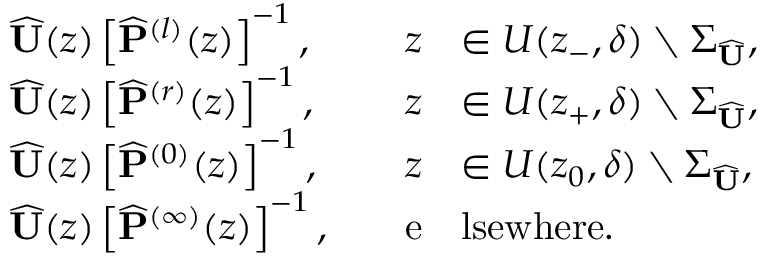
\begin{array} { r l r l } & { \widehat { \mathbf { U } } ( z ) \left[ \widehat { \mathbf { P } } ^ { ( l ) } ( z ) \right] ^ { - 1 } , \quad } & { z } & { \in U ( z _ { - } , \delta ) \setminus \Sigma _ { \widehat { \mathbf { U } } } , } \\ & { \widehat { \mathbf { U } } ( z ) \left[ \widehat { \mathbf { P } } ^ { ( r ) } ( z ) \right] ^ { - 1 } , \quad } & { z } & { \in U ( z _ { + } , \delta ) \setminus \Sigma _ { \widehat { \mathbf { U } } } , } \\ & { \widehat { \mathbf { U } } ( z ) \left[ \widehat { \mathbf { P } } ^ { ( 0 ) } ( z ) \right] ^ { - 1 } , \quad } & { z } & { \in U ( z _ { 0 } , \delta ) \setminus \Sigma _ { \widehat { \mathbf { U } } } , } \\ & { \widehat { \mathbf { U } } ( z ) \left[ \widehat { \mathbf { P } } ^ { ( \infty ) } ( z ) \right] ^ { - 1 } , \quad } & { \mathrm { e } } & { \mathrm { l s e w h e r e } . } \end{array}